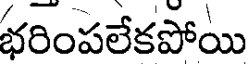
భరింపలేకపోయి